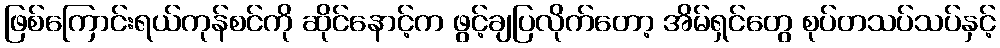
ဖြစ်ကြောင်းရယ်ကုန်စင်ကို ဆိုင်နောင့်က ဖွင့်ချပြလိုက်တော့ အိမ်ရှင်တွေ စုပ်တသပ်သပ်နှင့်